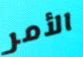
الأمر